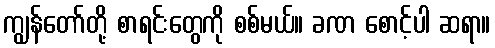
ကျွန်တော်တို့ စာရင်းတွေကို စစ်မယ်။ ခဏ စောင့်ပါ ဆရာ။